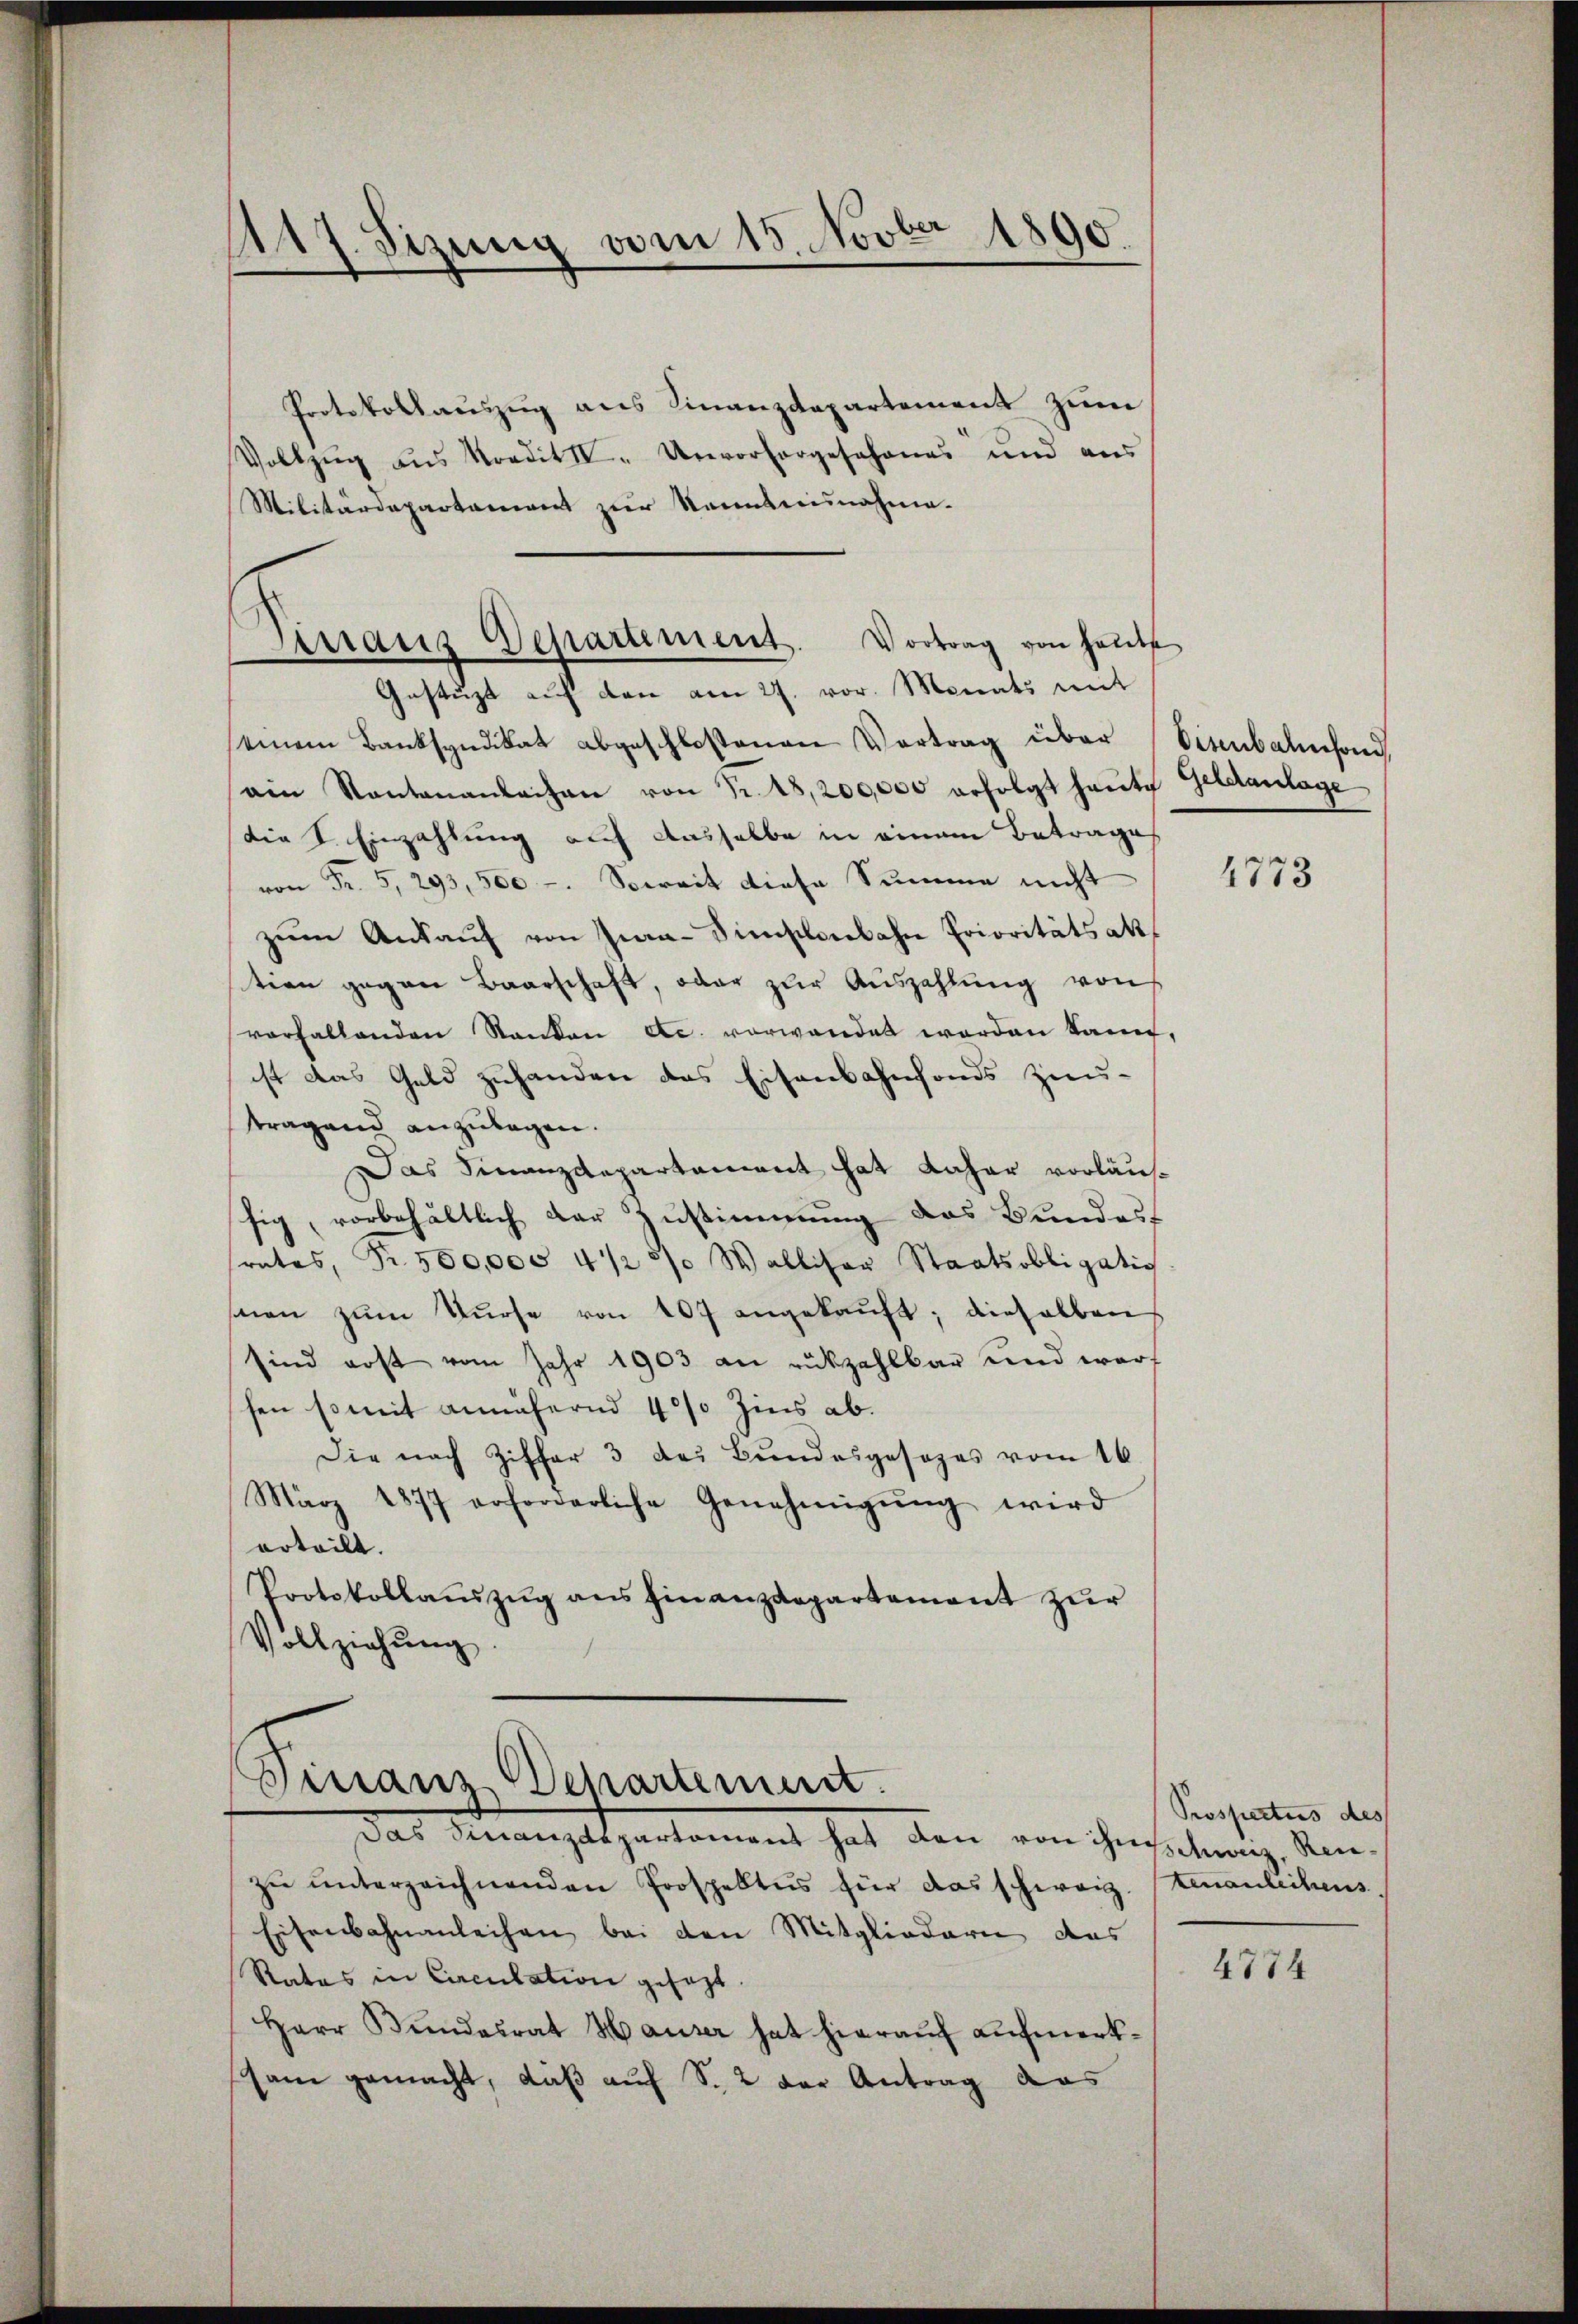
Protokollaŭszŭg ans Finanzdepartement zum
Vollzŭg aŭs Kredit II. Unvorhergeschanes und aus
Militärdepartament zur Kenntnisnahme.
einem Banksyndikat abgeschlossenen Vertrag über
ain Kantonanlachen von Fr. 18,200,000 erfolgt haute Geldanlage
die I. Einzahlung auf dasselbe in einem Betrage
von Fr. 5, 293,500 - Soweit diese Summe nicht
zŭm Ankaŭf von Jua-Simsonbahn Prioritätsakt
tion gegen Baarschaft, oder zur Auszahlung von
vorfallenden Kanton etc. vorwandet worden kann
ist das Geld zuhanden das Eisenbahnfonds zu-
tragend anzulagen.
Das Finanzdepartament hat daher vorläussig, vorbehältlich der Zustimmung das Bundes-
srates, Fr. 500,000 4/2 80 Walliser Staatsobligatio
snen zum Kurse von 107 angekauft; dieselben
sind erst vom Jahr 1903 an rückzahlbar und warf
sen so mit annähernd 40% Zins ab.
Die nach Ziffer 3 des Bundesgesezes vom 16.
März 1877 erforderliche Genehmigŭng wird
erteilt.
Protokollaŭszŭg ans hinanzdepartement zŭr
Vollziehŭng.

Sizung vom 15. Novber 1890.

Sirraus Departement. Vortrag von heute
Gestüzt auf den am 27. vor. Monats mit

Finanz Departement.
Das Finanzeltzenkoment hat den von ihn jährige Kan-

zŭ ŭnterzeichnenden Prospektŭs für das schweiz. tenanleihens.
Eisenbahnanleihen bei den Mitgliedern das
Rates in Circulation gesezt
Herr Bundesrat Hauser hat hierauf aufmerksam gemacht, daß auf S. 2 der Antrag aus

Disenbahnsfond,

4773

Prospectus des

4774